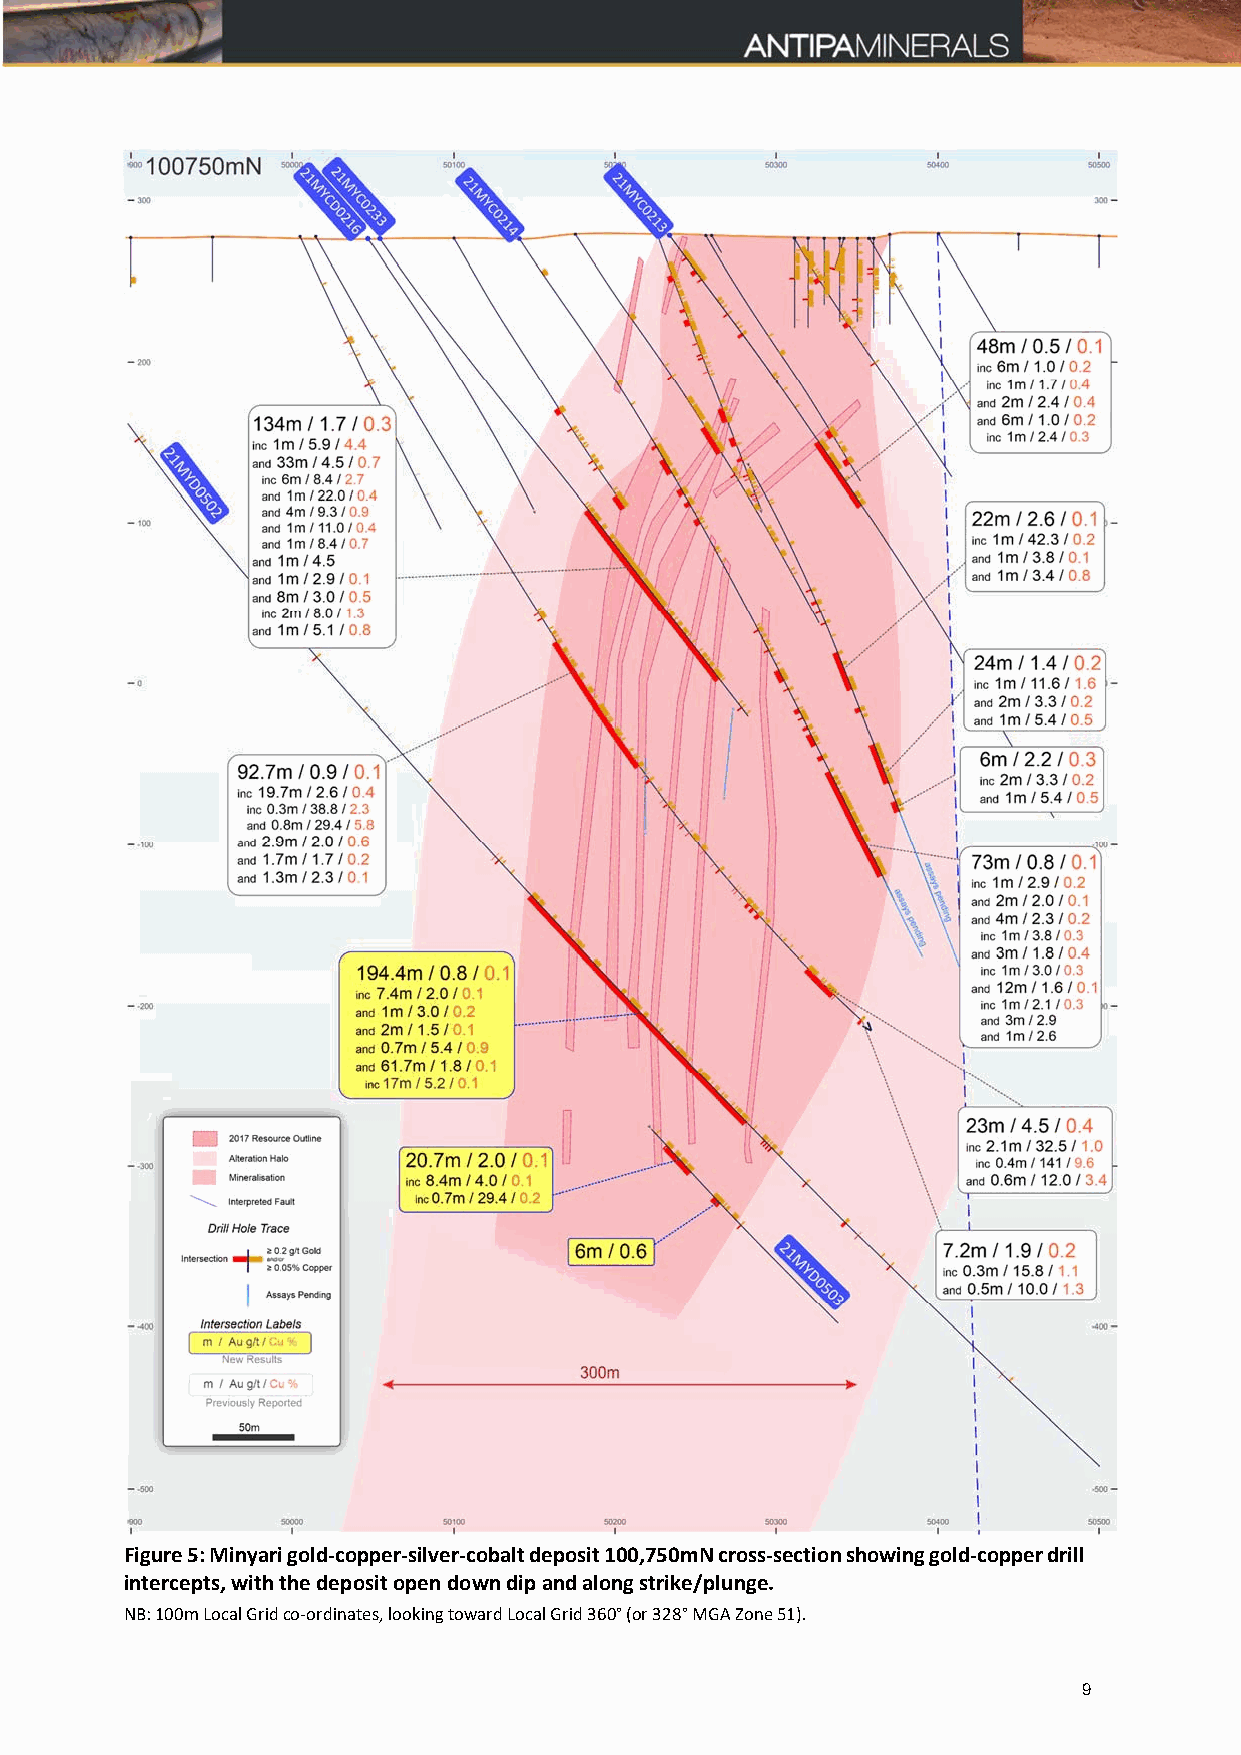
Figure 5: Minyari gold-copper-silver-cobalt deposit 100,750mN cross-section showing gold-copper drill
 intercepts, with the deposit open down dip and along strike/plunge.
 NB: 100m Local Grid co‐ordinates, looking toward Local Grid 360° (or 328° MGA Zone 51).
 9